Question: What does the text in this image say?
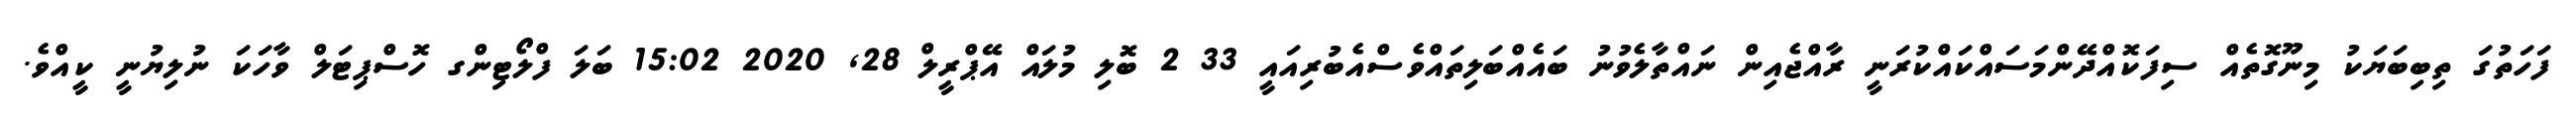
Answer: ފަހަތުގަ ތިބިބަޔަކު މިނޫގޮތެއް ސިފަކޮއްދޭންމަސައްކައްކުރަނީ ރާއްޖެއިން ނައްތާލެވުނު ބައެއްބަލިތައްވެސްއެބުރިއައީ 33 2 ބޮލި މުލައް އޭޕްރީލް 28, 2020 15:02 ބަލަ ފްލޯޓިންގ ހޮސްޕިޓަލް ވާހަކަ ނުލިޔުނީ ކީއްވެ.